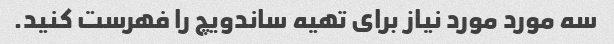
سه مورد مورد نیاز برای تهیه ساندویچ را فهرست کنید.